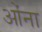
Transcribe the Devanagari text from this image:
ओंना